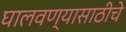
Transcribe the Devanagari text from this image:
घालवण्यासाठीचे